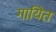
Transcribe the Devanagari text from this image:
गायित